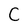
Character: C